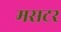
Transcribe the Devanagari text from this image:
मसटर